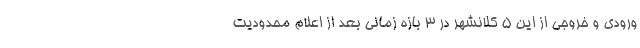
ورودی و خروجی از این ۵ کلانشهر در ۳ بازه زمانی بعد از اعلام محدودیت